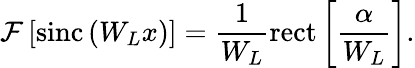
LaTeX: \mathcal{F}\left[\mathrm{sinc}\left(W_{L}x\right)\right]=\frac{1}{W_{L}}\mathrm{rect}\left[\frac{\alpha}{W_{L}}\right].